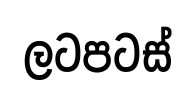
ලටපටස්